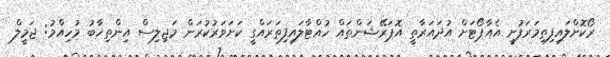
ރޯކޮށްލައިފިތިމަރަފުށީ އެއާޕޯޓަށް އުދައަރާތީ އޮޕަރޭޝަންތައް ހުއްޓާލައިފިތަރައްގީ ކަށަވަރުކުރަން މަޖިލިސް އިންތިޚާބު މުހިއްމު: ޖަމީލް